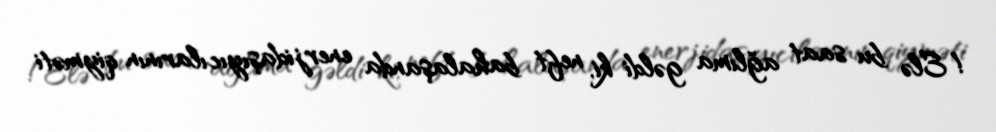
!Elə bu saat ağlıma gəldi ki, neft bahalaşanda enerjidaşıyıcılarının qiyməti